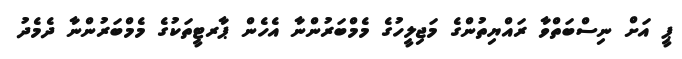
ޕީ އަށް ނިސްބަތްވާ ރައްޔިތުންގެ މަޖިލީހުގެ މެމްބަރުންނާ އެހެން ޕާރޓީތަކުގެ މެމްބަރުންނާ ދެމެދު